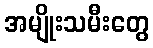
အမျိုးသမီးတွေ